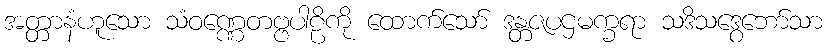
အတ္တာနံဟူသော သံဝဏ္ဏေတဗ္ဗပါဠိကို ထောက်သော် ဒန္တဇပဌမက္ခရာ သဒိသဒွေဘော်သာ